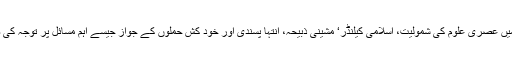
دینی مدارس میں عصری علوم کی شمولیت، اسلامی کیلنڈر‘ مشینی ذبیحہ، انتہا پسندی اور خود کش حملوں کے جواز جیسے اہم مسائل پر توجہ کی ضرورت ہے۔